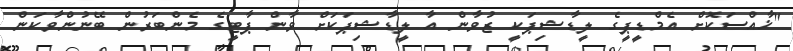
"ޚާއްސަކޮށް އެމްޑީޕީގެ ލީޑާޝިޕަކީ ޒުވާން އާ ލީޑާޝިޕަކަށް ވާން ޕާޓީގެ މެންބަރުން ބޭނުންވާކަން